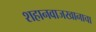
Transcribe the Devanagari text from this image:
शहानवाजखानाचा